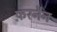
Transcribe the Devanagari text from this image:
फ़रनैन